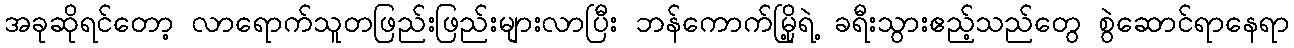
အခုဆိုရင်တော့ လာရောက်သူတဖြည်းဖြည်းများလာပြီး ဘန်ကောက်မြို့ရဲ့ ခရီးသွားဧည့်သည်တွေ စွဲဆောင်ရာနေရာ